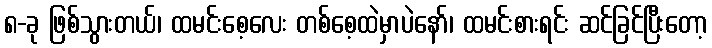
၈-ခု ဖြစ်သွားတယ်၊ ထမင်းစေ့လေး တစ်စေ့ထဲမှာပဲနော်၊ ထမင်းစားရင်း ဆင်ခြင်ပြီးတော့